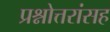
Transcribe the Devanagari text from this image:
प्रश्नोत्तरांसह